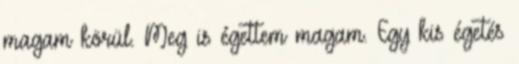
magam körül. Meg is égettem magam. Egy kis égetés